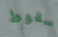
سقوط